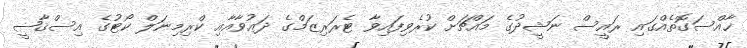
ޚާއްސަގޮތެއްގައި ރައީސް ނަޝީދުގެ މައްޗަށް ކުރެވިފައިވާ ޓެރަރިޒަމްގެ ދަޢުވާއާއި ކްރިމިނަލް ކޯޓުގެ އިސްޤާޟީ